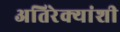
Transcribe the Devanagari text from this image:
अतिरेक्यांशी